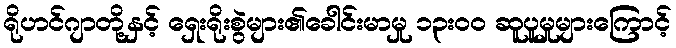
ရိုဟင်ဂျာတို့နှင့် ရှေးရိုးစွဲများ၏ခေါင်းမာမှု ၁၃းဝဝ ဆူပူမှုများကြောင့်